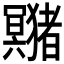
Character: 𤣘